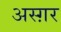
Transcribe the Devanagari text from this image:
अस्ग़र